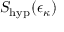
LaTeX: S _ { \mathrm { h y p } } ( \epsilon _ { \kappa } )